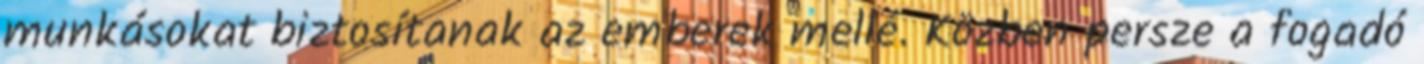
munkásokat biztosítanak az emberek mellé. Közben persze a fogadó